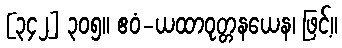
[၃၄၂] ၃၀၅။ ဧဝံ-ယထာဝုတ္တနယေန၊ ဖြင့်။